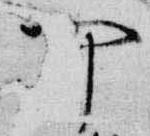
可